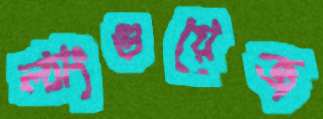
ল্যাংগুয়েজ